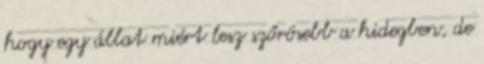
hogy egy állat miért lesz szőrösebb a hidegben, de